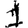
Digit: 1